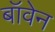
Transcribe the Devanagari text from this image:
बॉवेन